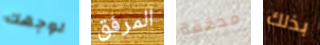
لوجهك المرفق محققة بذلك